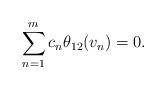
LaTeX: \begin{align*}\sum_{n=1}^m c_n \theta_{12}(v_n)=0.\end{align*}